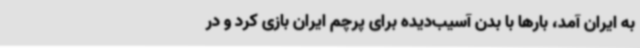
به ایران آمد، بارها با بدن آسیب‌دیده برای پرچم ایران بازی کرد و در